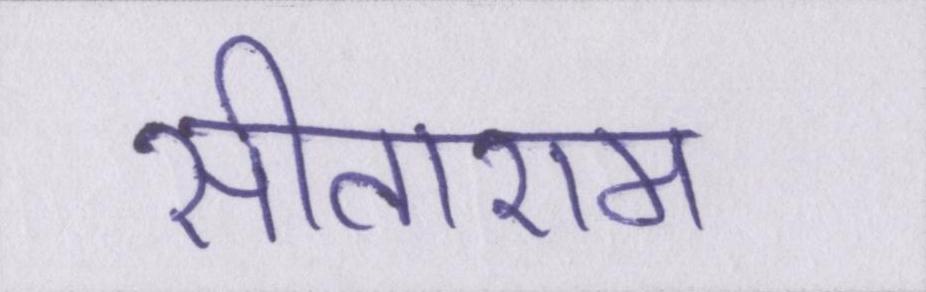
सीताराम